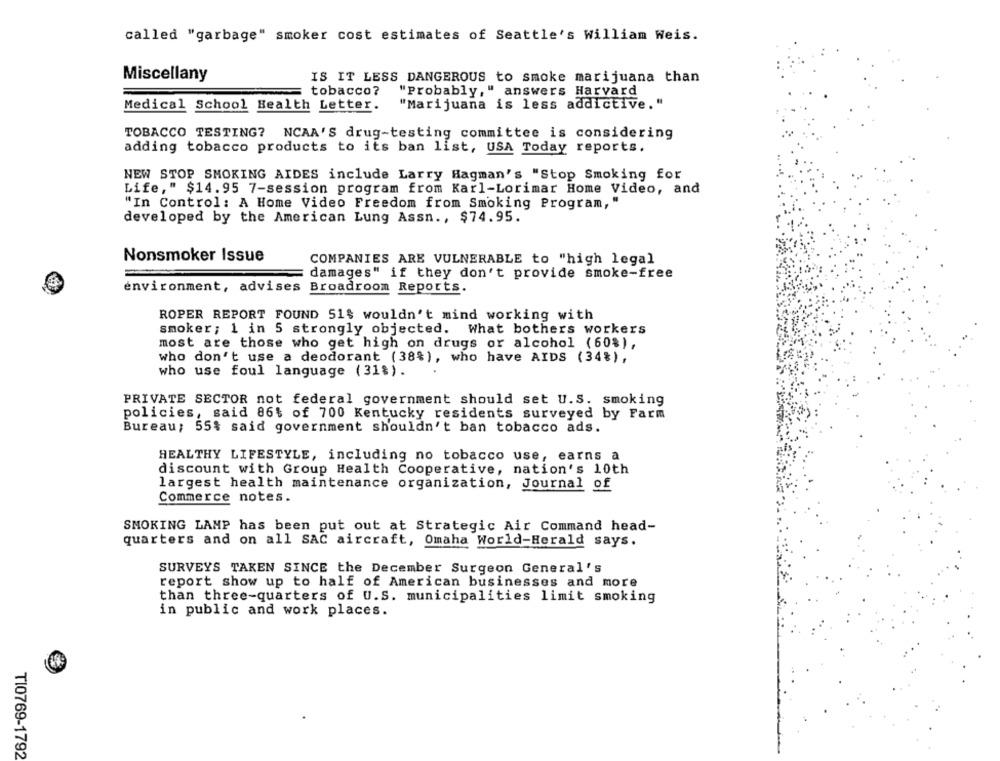
called "garbage" smoker cost estimates of Seattle's William Weis.
Miscellany
IS IT LESS DANGEROUS to smoke marijuana than
tobacco?
"Probably," answers Harvard
"Marijuana is less addictive."
Medical School Health Letter.
TOBACCO TESTING? NCAA'S drug-testing committee is considering
adding tobacco products to its ban list, USA Today reports.
NEW STOP SMOKING AIDES include Larry Hagman's "Stop Smoking for
Life," $14.95 7-session program from Karl-Lorimar Home Video, and
"In Control: A Home Video Freedom from Smoking Program, "
developed by the American Lung Assn ., $74.95.
Nonsmoker Issue
COMPANIES ARE VULNERABLE to "high legal
damages" if they don't provide smoke-free
environment, advises Broadroom Reports.
ROPER REPORT FOUND 51$ wouldn't mind working with
smoker; 1 in 5 strongly objected. What bothers workers
most are those who get high on drugs or alcohol (60%),
who don't use a deodorant (38%), who have AIDS (34%),
who use foul language (31%).
PRIVATE SECTOR not federal government should set U.s. smoking
policies, said 86% of 700 Kentucky residents surveyed by Farm
Bureau; 55% said government shouldn't ban tobacco ads.
HEALTHY LIFESTYLE, including no tobacco use, earns a
discount with Group Health Cooperative, nation's 10th
largest health maintenance organization, Journal of
Commerce notes.
SMOKING LAMP has been put out at Strategic Air Command head-
quarters and on all SAC aircraft, Omaha World-Herald says.
SURVEYS TAKEN SINCE the December Surgeon General's
report show up to half of American businesses and more
than three-quarters of U.S. municipalities limit smoking
in public and work places.
TI0769-1792